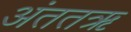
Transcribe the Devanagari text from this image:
अंततऋ